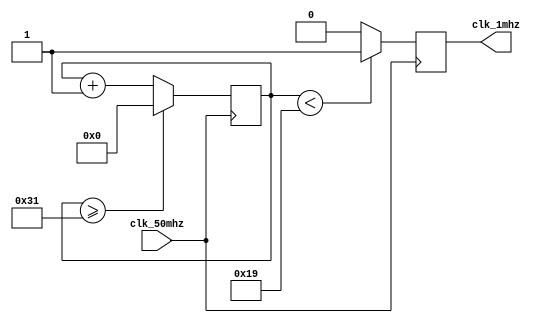
module clock_divider1mhz(clk_50mhz, clk_1mhz);

input clk_50mhz; 
output reg clk_1mhz; 
reg[27:0] counter=28'd0;
parameter DIVISOR = 28'd50;
//5208 clock 

always @(posedge clk_50mhz)
begin
 counter <= counter + 28'd1;
 if(counter>=(DIVISOR-1))
  counter <= 28'd0;

 clk_1mhz <= (counter<DIVISOR/2)?1'b1:1'b0;

end
endmodule